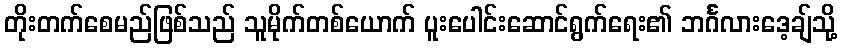
တိုးတက်စေမည်ဖြစ်သည် သူမိုက်တစ်ယောက် ပူးပေါင်းဆောင်ရွက်ရေး၏ ဘင်္ဂလားဒေ့ချ်သို့